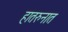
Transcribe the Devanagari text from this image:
हातरुनात